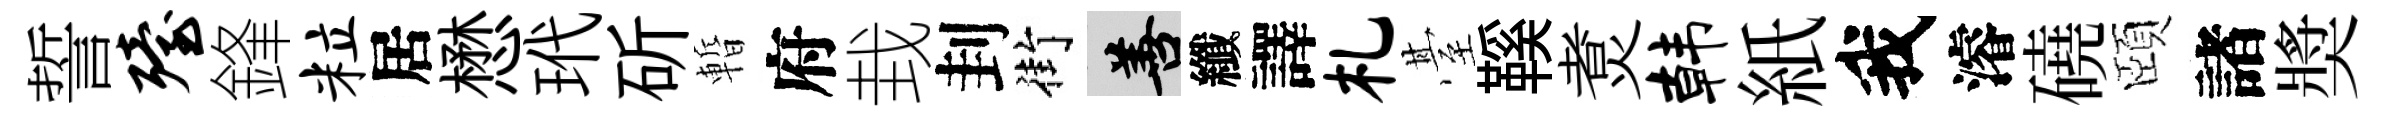
誓殪鋒粒居懋玳斫暫府㘽刲街善纖譯札䑓鞵煑韩紙我濬磽頤諸奬